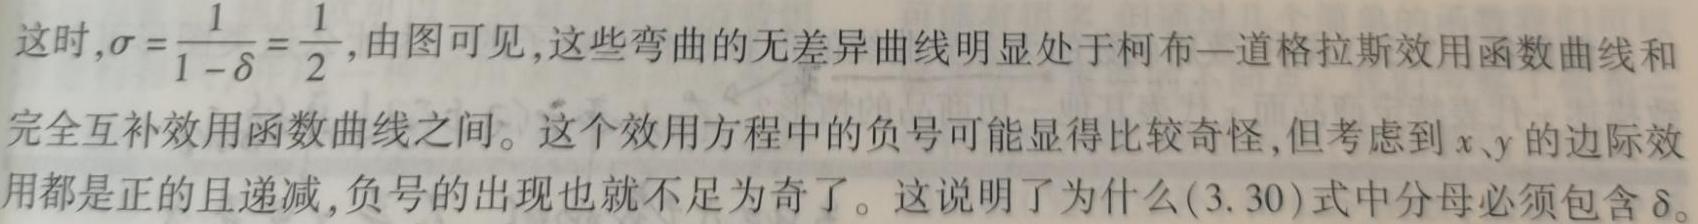
这时,$\sigma = \frac{1}{1 - \delta} = \frac{1}{2}$,由图可见,这些弯曲的无差异曲线明显处于柯布—道格拉斯效用函数曲线和完全互补效用函数曲线之间。这个效用方程中的负号可能显得比较奇怪,但考虑到$x、y$的边际效用都是正的且递减,负号的出现也就不足为奇了。这说明了为什么(3.30)式中分母必须包含$\delta$。